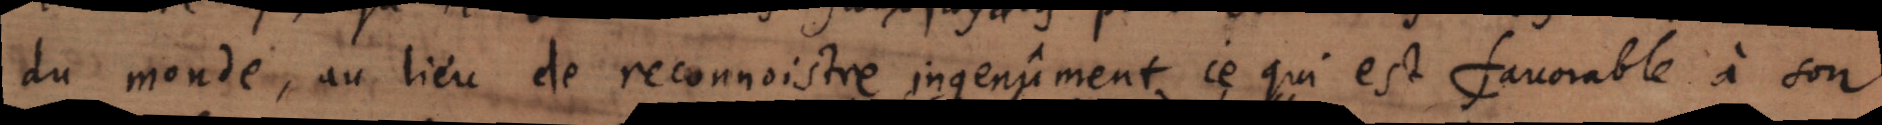
du monde, au lieu de reconnoistre ingenûment ce qui est favorable à son